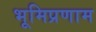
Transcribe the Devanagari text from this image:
भूमिप्रणाम